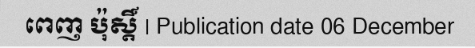
ពេញ ប៉ុស្តិ៍ | Publication date 06 December